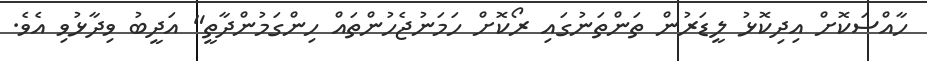
ހާއްސަކޮށް އިދިކޮޅު ލީޑަރުން ތަންތަނުގައި ރޯކޮށް ހަމަނުޖެހުންތައް ހިންގަމުންދާތީ" އަދީބު ވިދާޅުވި އެވެ.